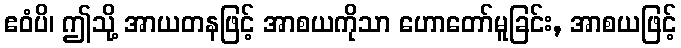
ဧဝံပိ၊ ဤသို့ အာယတနဖြင့် အာစယကိုသာ ဟောတော်မူခြင်း, အာစယဖြင့်